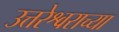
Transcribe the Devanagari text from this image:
उत्तरेश्वराच्या